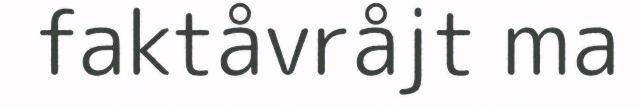
faktåvråjt ma